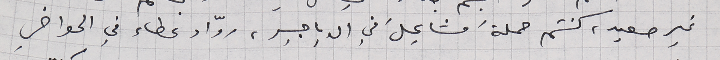
غير صعيد، كنتم حملةَ مشاعٍلَ في الدياجير، روّاد غطاء في الحواضرِ